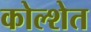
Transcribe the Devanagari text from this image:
कोल्शेत